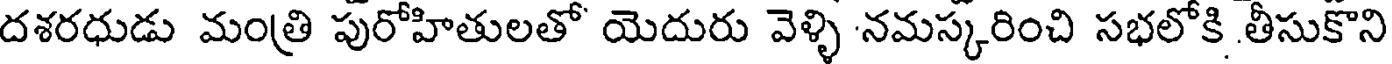
దశరధుడు మంత్రి పురోహితులతో యెదురు వెళ్ళి నమస్కరించి సభలోకి తీసుకొని